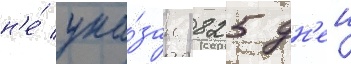
н'е́ ука́зан 825 дн'еи